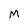
Character: M